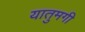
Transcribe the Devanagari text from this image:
यातुमगी